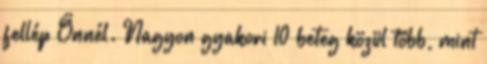
fellép Önnél. Nagyon gyakori 10 beteg közül több, mint